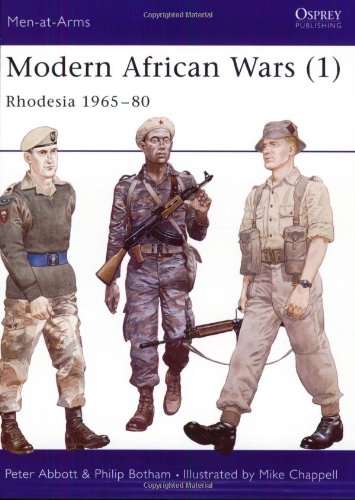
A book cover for Modern African Wars (1) 1965-80 : Rhodesia (Men at Arms Series, 183); Peter Abbott; History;